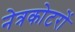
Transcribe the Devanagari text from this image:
नेत्रकोटरों